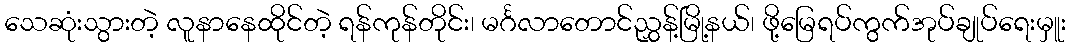
သေဆုံးသွားတဲ့ လူနာနေထိုင်တဲ့ ရန်ကုန်တိုင်း၊ မင်္ဂလာတောင်ညွှန့်မြို့နယ်၊ ဖို့မြေရပ်ကွက်အုပ်ချုပ်ရေးမှူး